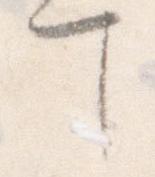
て